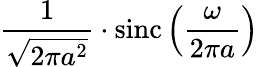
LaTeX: {\frac{1}{\sqrt{2\pi a^{2}}}}\cdot\operatorname{sinc}\left({\frac{\omega}{2\pi a}}\right)